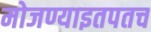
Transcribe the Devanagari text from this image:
मोजण्याइतपतच